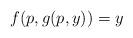
LaTeX: \begin{align*}f(p,g(p,y))=y\end{align*}